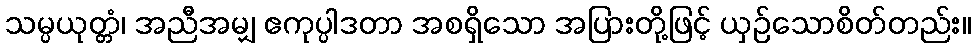
သမ္ပယုတ္တံ၊ အညီအမျှ ဧကုပ္ပါဒတာ အစရှိသော အပြားတို့ဖြင့် ယှဉ်သောစိတ်တည်း။